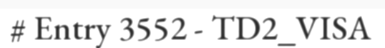
# Entry 3552 - TD2_VISA